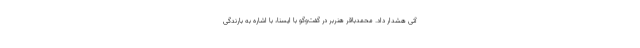
آتی هشدار داد. محمدباقر هنربر در گفت‌وگو با ایسنا، با اشاره به بارندگی